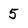
Character: 5